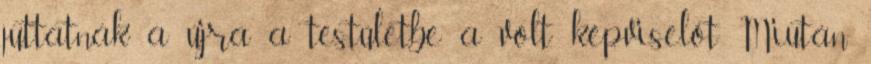
juttatnák a újra a testületbe a volt képviselőt Miután